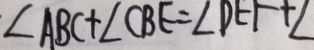
\angle A B C + \angle C B E = \angle D E F + \angle